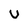
Character: u